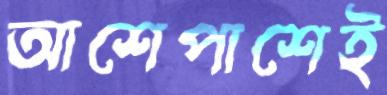
আশেপাশেই